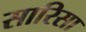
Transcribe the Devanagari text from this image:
सारिसा